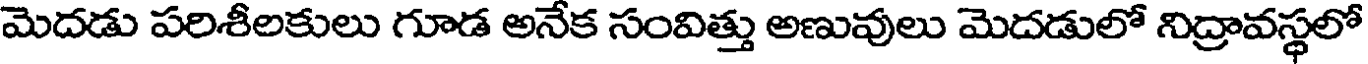
మెదడు పరిశీలకులు గూడ అనేక సంవిత్తు అణువులు మెదడులో నిద్రావస్థలో